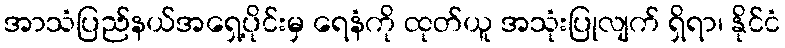
အာသံပြည်နယ်အရှေ့ပိုင်းမှ ရေနံကို ထုတ်ယူ အသုံးပြုလျက် ရှိရာ၊ နိုင်ငံ